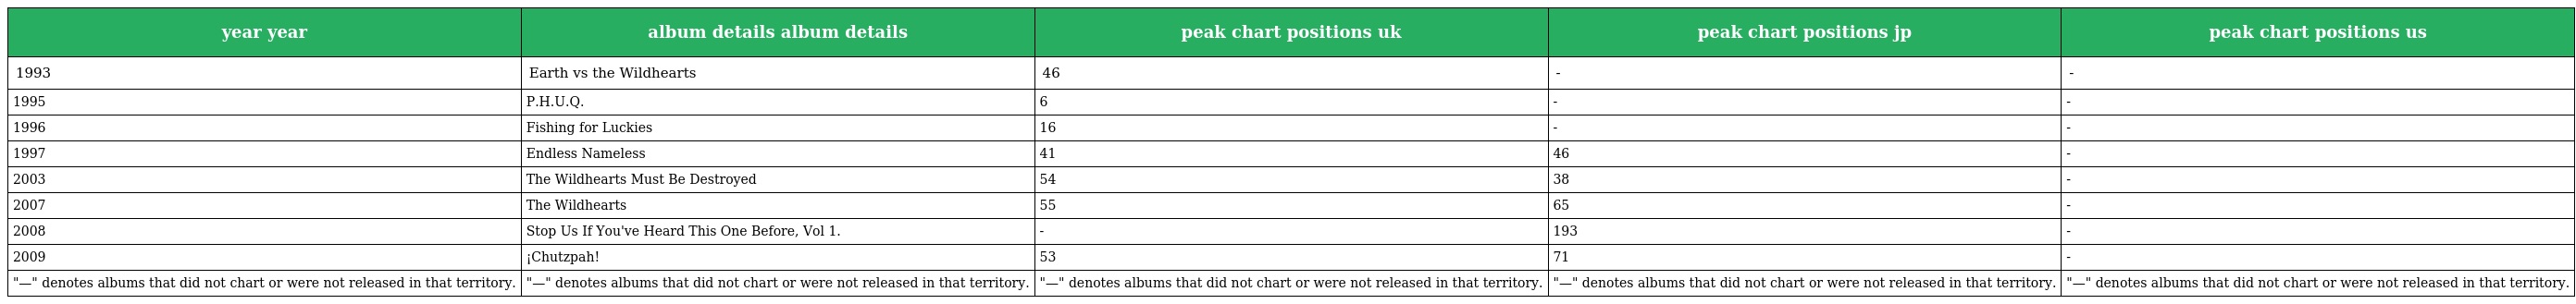
| year year | album details album details | peak chart positions uk | peak chart positions jp | peak chart positions us |
 | --- | --- | --- | --- | --- |
 | 1993 | Earth vs the Wildhearts | 46 | - | - |
 | 1995 | P.H.U.Q. | 6 | - | - |
 | 1996 | Fishing for Luckies | 16 | - | - |
 | 1997 | Endless Nameless | 41 | 46 | - |
 | 2003 | The Wildhearts Must Be Destroyed | 54 | 38 | - |
 | 2007 | The Wildhearts | 55 | 65 | - |
 | 2008 | Stop Us If You've Heard This One Before, Vol 1. | - | 193 | - |
 | 2009 | ¡Chutzpah! | 53 | 71 | - |
 | "—" denotes albums that did not chart or were not released in that territory. | "—" denotes albums that did not chart or were not released in that territory. | "—" denotes albums that did not chart or were not released in that territory. | "—" denotes albums that did not chart or were not released in that territory. | "—" denotes albums that did not chart or were not released in that territory. |